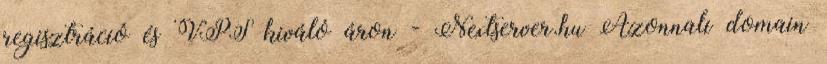
regisztráció és VPS kiváló áron - Nextserver.hu Azonnali domain